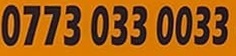
0773 033 0033